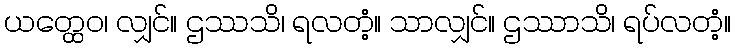
ယတ္ထေဝ၊ လျှင်။ ဌဿသိ၊ ရလတံ့။ သာလျှင်။ ဌဿာသိ၊ ရပ်လတံ့။